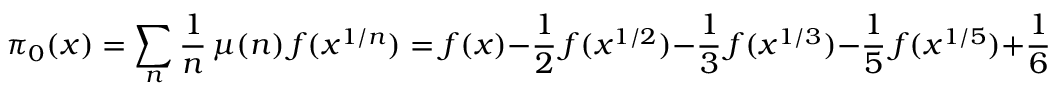
\pi _ { 0 } ( x ) = \sum _ { n } { \frac { 1 } { n } } \, \mu ( n ) \, f ( x ^ { 1 / n } ) = f ( x ) - { \frac { 1 } { 2 } } \, f ( x ^ { 1 / 2 } ) - { \frac { 1 } { 3 } } \, f ( x ^ { 1 / 3 } ) - { \frac { 1 } { 5 } } \, f ( x ^ { 1 / 5 } ) + { \frac { 1 } { 6 } } \, f ( x ^ { 1 / 6 } ) - \cdots ,